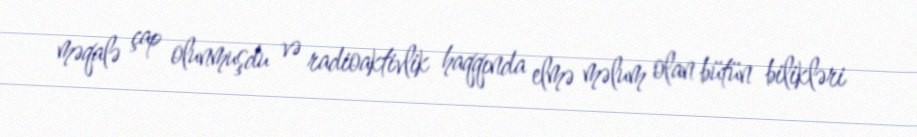
məqalə çap olunmuşdu və radioaktivlik haqqında elmə məlum olan bütün bilikləri